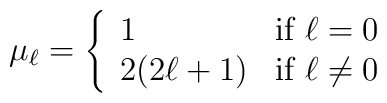
\mu_\ell=\left\{\begin{array}{ll}1 & \mbox{if $\ell=0$}\\2(2\ell+1) & \mbox {if $\ell\neq 0$}\end{array}\right.\nonumber